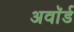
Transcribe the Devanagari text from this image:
अवाॅर्ड